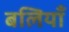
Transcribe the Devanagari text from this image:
बलियाँ